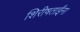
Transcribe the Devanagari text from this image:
शिरीषताईंना